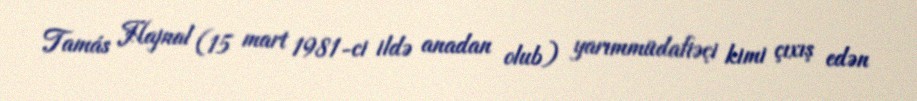
Tamás Hajnal (15 mart 1981-ci ildə anadan olub) yarımmüdafiəçi kimi çıxış edən